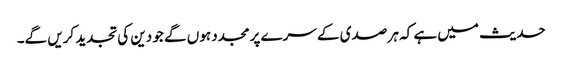
حدیث میں ہے کہ ہر صدی کے سرے پر مجدد ہوں گے جو دین کی تجدید کریں گے۔